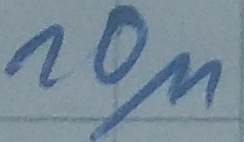
Text: 10µ